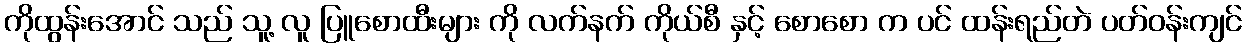
ကိုထွန်းအောင် သည် သူ့ လူ ပြူစောထီးများ ကို လက်နက် ကိုယ်စီ နှင့် စောစော က ပင် ထန်းရည်တဲ ပတ်ဝန်းကျင်